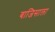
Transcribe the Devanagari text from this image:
बाजिसाला